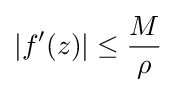
|f'(z)|\leq {\frac {M}{\rho }}